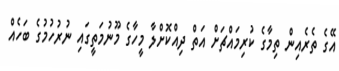
އޭގެ ތެރެއިން ތިމާގެ ކުރިމައްޗަށް އަތް ދިއްކޮށްލާ މީހާގެ މޫނުމަތީގައި ނުރުހުމުގެ ބަހެއް